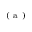
^ \mathrm { ~ ( ~ a ~ ) ~ }